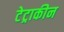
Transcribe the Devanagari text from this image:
टेट्राकीन